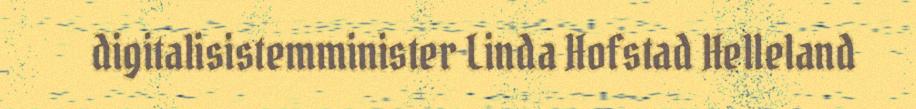
digitalisistemminister Linda Hofstad Helleland